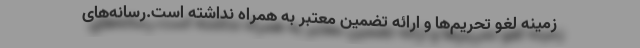
زمینه لغو تحریم‌ها و ارائه تضمین معتبر به همراه نداشته است.رسانه‌های